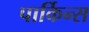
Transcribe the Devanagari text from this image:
पार्किन्स